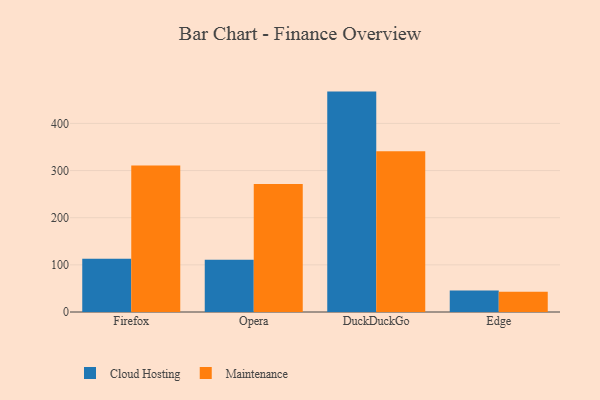
{"axis": {"x": "Browser", "y": "Operating Costs (USD K)"}, "legend": ["Cloud Hosting", "Maintenance"], "data": [{"x": "Firefox", "y": 113.2, "type": "Cloud Hosting"}, {"x": "Firefox", "y": 310.6, "type": "Maintenance"}, {"x": "Opera", "y": 110.9, "type": "Cloud Hosting"}, {"x": "Opera", "y": 271.3, "type": "Maintenance"}, {"x": "DuckDuckGo", "y": 467.5, "type": "Cloud Hosting"}, {"x": "DuckDuckGo", "y": 341.2, "type": "Maintenance"}, {"x": "Edge", "y": 45.4, "type": "Cloud Hosting"}, {"x": "Edge", "y": 43.1, "type": "Maintenance"}]}